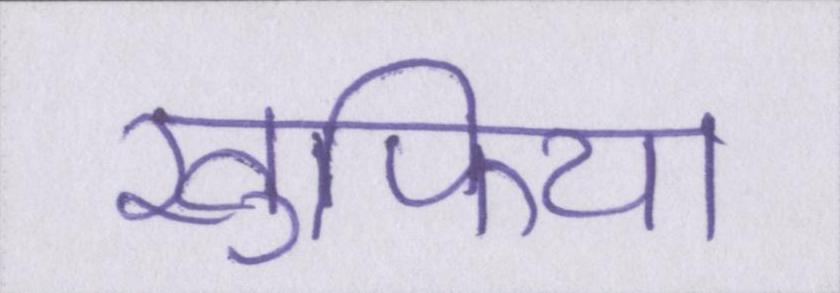
खुफिया